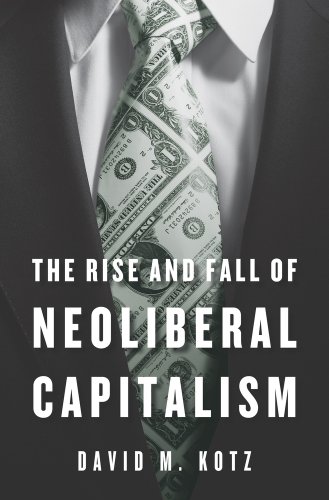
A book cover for The Rise and Fall of Neoliberal Capitalism; David M. Kotz; Business & Money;